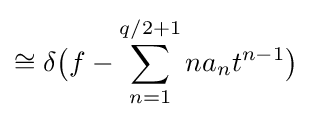
\cong \delta {\bigl (}f-\sum _{n=1}^{q/2+1}na_{n}t^{n-1}{\bigr )}